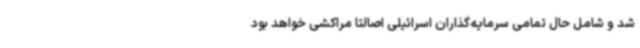
شد و شامل حال تمامی سرمایه‌گذاران اسرائیلی اصالتا مراکشی خواهد بود